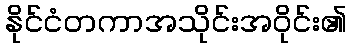
နိုင်ငံတကာအသိုင်းအဝိုင်း၏